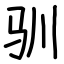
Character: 驯